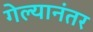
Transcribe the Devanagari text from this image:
गेल्‍यानंतर